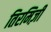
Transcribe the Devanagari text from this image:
तिरमिज़ी